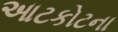
આટકોટના